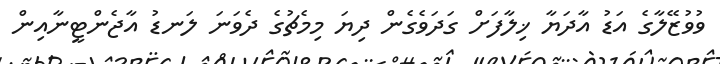
ވުވުޒޭލާގެ އަޑު އާދަޔާ ޚިލާފަށް ގަދަވެގެން ދިޔަ މިމެޗުގެ ދެވަނަ ލަނޑު އާޖެންޓީނާއިން